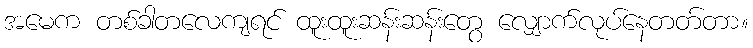
အမေက တစ်ခါတလေကျရင် ထူးထူးဆန်းဆန်းတွေ လျှောက်လုပ်နေတတ်တာ။